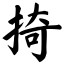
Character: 掎